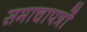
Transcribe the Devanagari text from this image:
समाचापत्रों